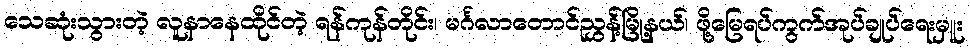
သေဆုံးသွားတဲ့ လူနာနေထိုင်တဲ့ ရန်ကုန်တိုင်း၊ မင်္ဂလာတောင်ညွှန့်မြို့နယ်၊ ဖို့မြေရပ်ကွက်အုပ်ချုပ်ရေးမှူး